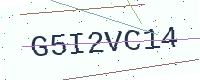
Text: G5I2VC14